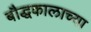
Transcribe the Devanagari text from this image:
बौद्धकालाच्या